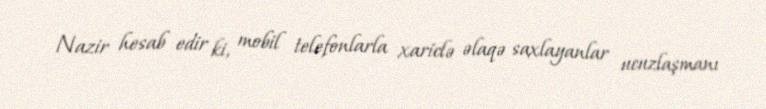
Nazir hesab edir ki, mobil telefonlarla xariclə əlaqə saxlayanlar ucuzlaşmanı